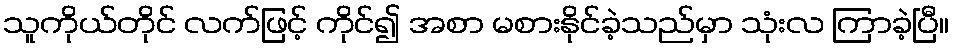
သူကိုယ်တိုင် လက်ဖြင့် ကိုင်၍ အစာ မစားနိုင်ခဲ့သည်မှာ သုံးလ ကြာခဲ့ပြီ။